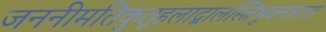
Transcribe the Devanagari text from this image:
जननीमतिकुतूहलाद्बालस्त्रिभुवनत्राता